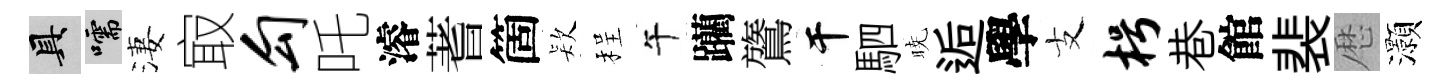
具嚅淒㝡勾吒濬蓍箇𣣇程午躪鷟干駟暁逅學支枵巷館裴厯灝